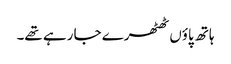
ہاتھ پاؤں ٹھٹھرے جا رہے تھے۔